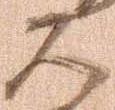
大